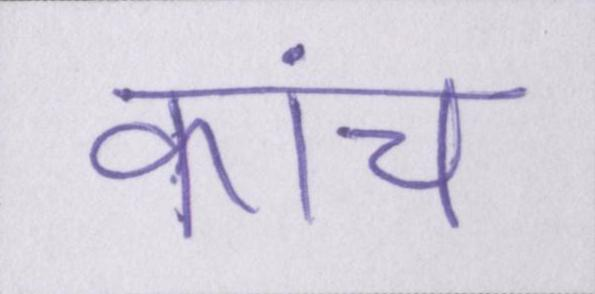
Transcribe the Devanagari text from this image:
कांच